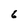
Character: 6